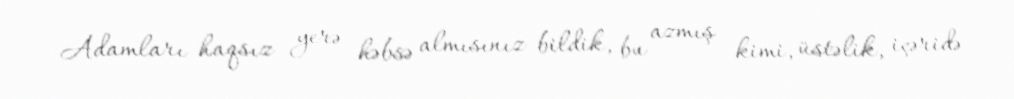
Adamları haqsız yerə həbsə almısınız bildik, bu azmış kimi, üstəlik, içəridə